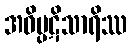
အဝိပ္ပဋိသာရိဿ